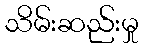
သိမ်းဆည်းမှု